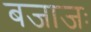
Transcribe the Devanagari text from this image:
बजाजः